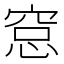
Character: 𥦗